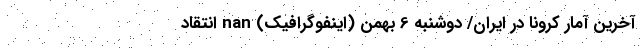
آخرین آمار کرونا در ایران/ دوشنبه 6 بهمن (اینفوگرافیک) nan انتقاد